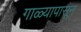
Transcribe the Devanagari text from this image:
गाळ्यापासून